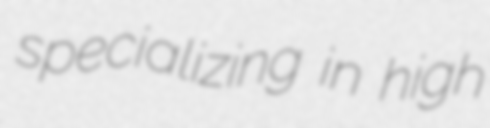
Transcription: specializing in high